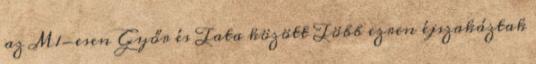
az M1-esen Győr és Tata között Több ezren éjszakáztak